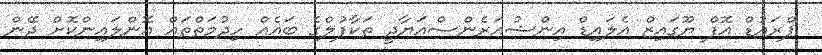
ޕްރައުޑް އޮފް ޔޫގަައިޒް އެލައިޑް އިންޝުއަރެންސްއަޔާދީ ތަކާފުލްގެ ބައެއް ހިދުމަތްތައް އޮންލައިންކޮށް ދޭން